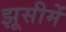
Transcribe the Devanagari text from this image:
झूसीमें